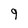
Character: 9